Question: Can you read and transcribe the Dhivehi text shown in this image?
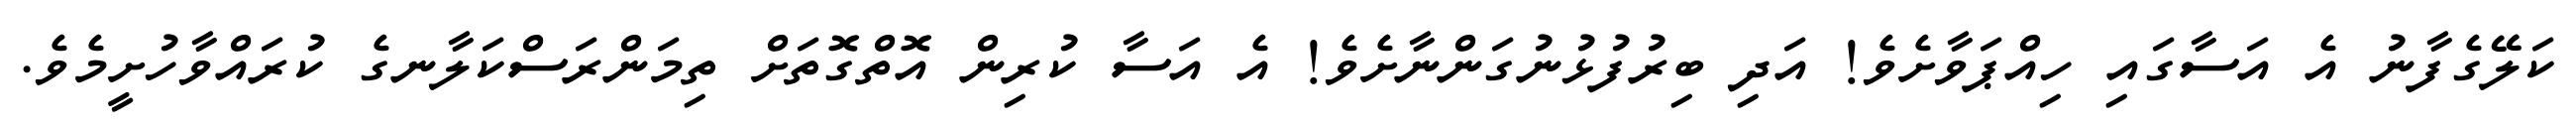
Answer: ކަލޭގެފާނު އެ އަސާގައި ހިއްޕަވާށެވެ! އަދި ބިރުފުޅުނުގަންނާށެވެ! އެ އަސާ ކުރިން އޮތްގޮތަށް ތިމަންރަސްކަލާނގެ ކުރައްވާހުށީމެވެ.